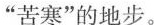
”苦寒”的地步。